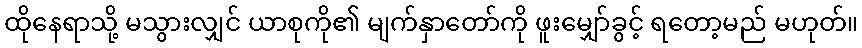
ထိုနေရာသို့ မသွားလျှင် ယာစုကို၏ မျက်နှာတော်ကို ဖူးမျှော်ခွင့် ရတော့မည် မဟုတ်။